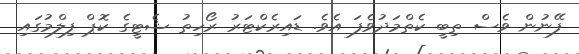
ފޭނުން ވެސް ތިބީ ކެތްމަދުވެފަ އެވެ. ޑައިރެކްޓަރު ރޯހިތު ޝެޓީގެ ކޮޕް ފިލްމުގައި